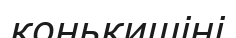
конькишіні